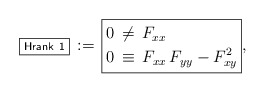
\begin{align*}\boxed{\scriptstyle\sf Hrank~1}\,:=\,\boxed{\aligned0&\,\neq\,F_{xx}\\0&\,\equiv\,F_{xx}\,F_{yy}-F_{xy}^2\endaligned},\end{align*}